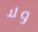
ولا